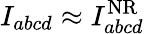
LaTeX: {I_{abcd}\approx I_{abcd}^{\mathrm{NR}}}